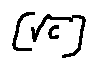
[ \sqrt { c } ]